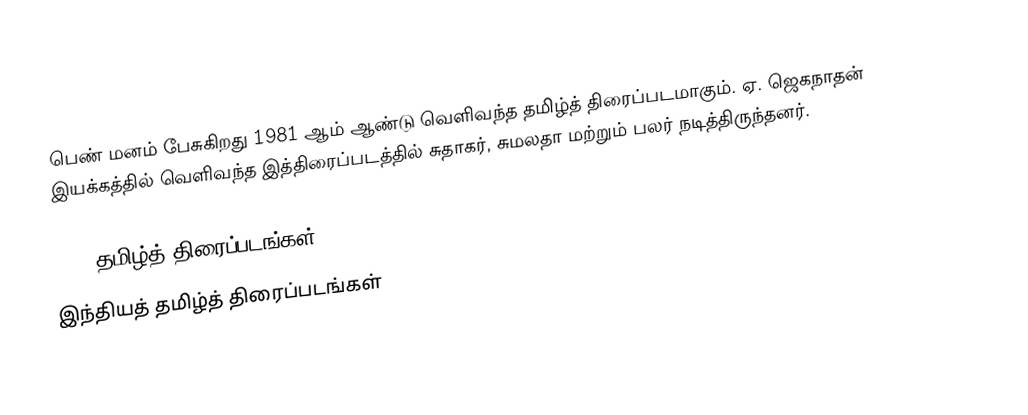
பெண் மனம் பேசுகிறது 1981 ஆம் ஆண்டு வெளிவந்த தமிழ்த் திரைப்படமாகும். ஏ. ஜெகநாதன் இயக்கத்தில் வெளிவந்த இத்திரைப்படத்தில் சுதாகர், சுமலதா மற்றும் பலர் நடித்திருந்தனர்.

1981 தமிழ்த் திரைப்படங்கள்
இந்தியத் தமிழ்த் திரைப்படங்கள்